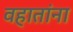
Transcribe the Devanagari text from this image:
वहातांना